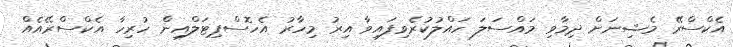
އެކްސްރޭ މެޝިނަށް ދިމާވި މައްސަލަ ހައްލުކުރެވިފައިވާ އިރު މިހާރު އެހޮސްޕިޓަލްއިން ހުރިހާ އެކްސްރޭއެއް